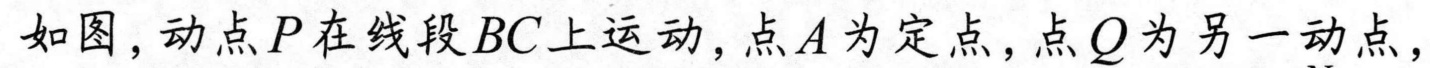
如图，动点\(P\)在线段\(BC\)上运动，点\(A\)为定点，点\(Q\)为另一动点，